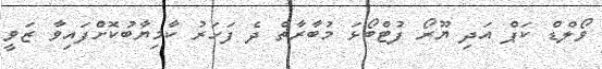
ވޯލްޑް ކަޕް އަދި ޔޫރޯ ފުޓްބޯޅަ މުބާރާތް ދެ ފަހަރު ކާމިޔާބުކޮށްފައިވާ ޒަވީ